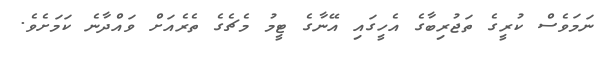
ނަމަވެސް ކުރީގެ ތަޖުރިބާގެ އެހީގައި އޭނާގެ ޓީމު މެޗެގެ ތެރެއަށް ވައްދާނެ ކަމަށެވެ.